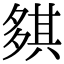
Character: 𡖾